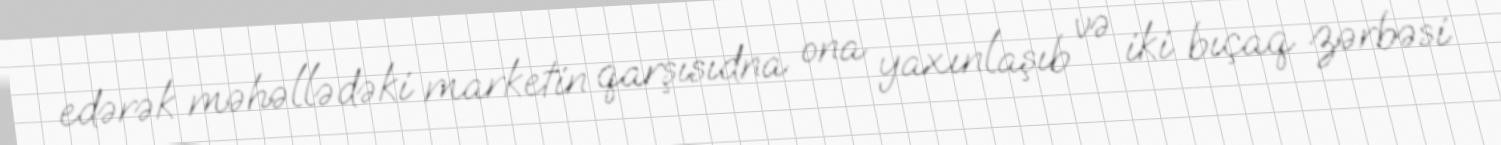
edərək məhəllədəki marketin qarşısıdna ona yaxınlaşıb və iki bıçaq zərbəsi